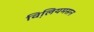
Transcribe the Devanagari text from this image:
व़िलियमसन